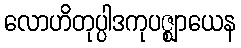
လောဟိတုပ္ပါဒကုပဇ္ဈာယေန